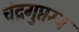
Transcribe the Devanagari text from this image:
चंद्रगुप्तस्य